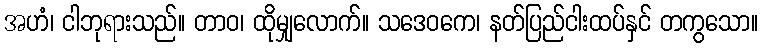
အဟံ၊ ငါဘုရားသည်။ တာဝ၊ ထိုမျှလောက်။ သဒေဝကေ၊ နတ်ပြည်ငါးထပ်နှင် တကွသော။